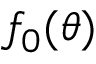
f _ { 0 } ( \theta )